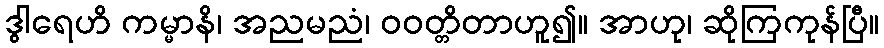
ဒွါရေဟိ ကမ္မာနိ၊ အညမညံ၊ ဝဝတ္တိတာဟူ၍။ အာဟု၊ ဆိုကြကုန်ပြီ။